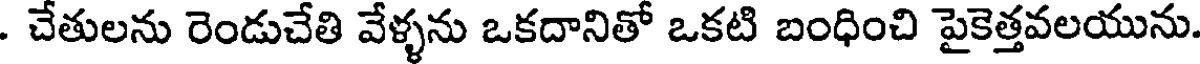
. చేతులను రెండుచేతి వేళ్ళను ఒకదానితో ఒకటి బంధించి పైకెత్తవలయును